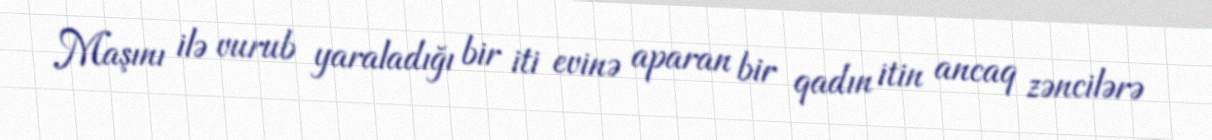
Maşını ilə vurub yaraladığı bir iti evinə aparan bir qadın itin ancaq zəncilərə